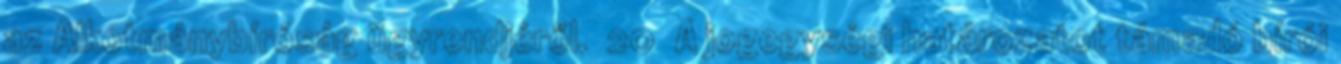
az Alkotmánybíróság ügyrendjéről. 20 A jogegységi határozatot támadó bírói